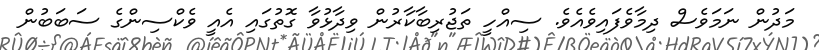
މަދުން ނަމަވެސް ދިމާވެފައިވެއެވެ. ސިއްހީ ތަޖުރިބާކާރުން ވިދާޅުވާ ގޮތުގައި އެއީ ވެކްސިންގެ ސަބަބުން